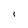
Character: I